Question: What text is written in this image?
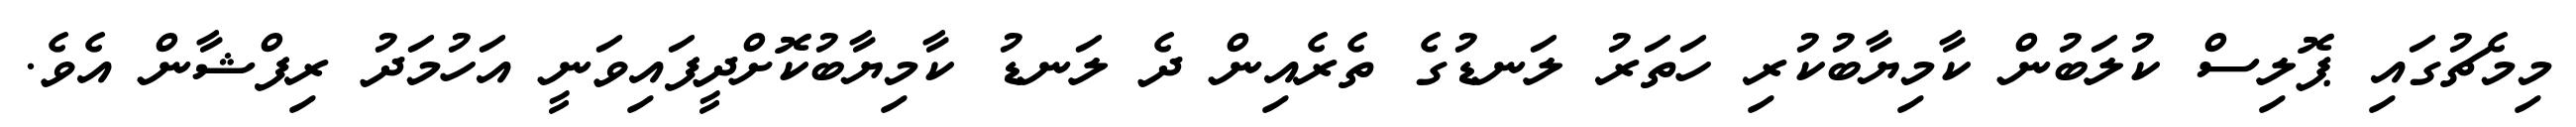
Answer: މިމެޗުގައި ޕޮލިސް ކުލަބުން ކާމިޔާބުކުރި ހަތަރު ލަނޑުގެ ތެރެއިން ދެ ލަނޑު ކާމިޔާބުކޮށްދީފައިވަނީ އަހުމަދު ރިފްޝާން އެވެ.